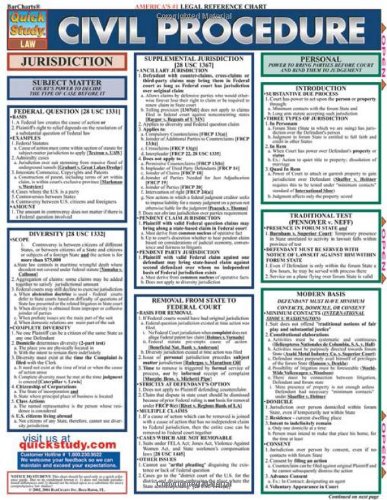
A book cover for Civil Procedure (Quickstudy: Law); Inc. BarCharts; Law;